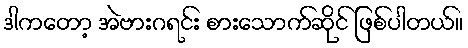
ဒါကတော့ အဲဗားဂရင်း စားသောက်ဆိုင် ဖြစ်ပါတယ်။